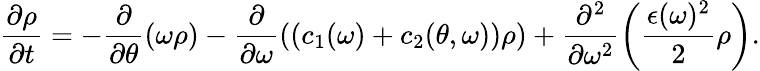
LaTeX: \frac{\partial\rho}{\partial t}=-\frac{\partial}{\partial\theta}(\omega\rho)-\frac{\partial}{\partial\omega}\left((c_{1}(\omega)+c_{2}(\theta,\omega)\right)\rho)+\frac{\partial^{2}}{\partial\omega^{2}}\left(\frac{\epsilon(\omega)^{2}}{2}\rho\right).